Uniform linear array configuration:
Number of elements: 8
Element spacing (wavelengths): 0.75
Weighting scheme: uniform
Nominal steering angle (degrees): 45
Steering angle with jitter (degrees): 45.996
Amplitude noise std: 0.05
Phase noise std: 0.05

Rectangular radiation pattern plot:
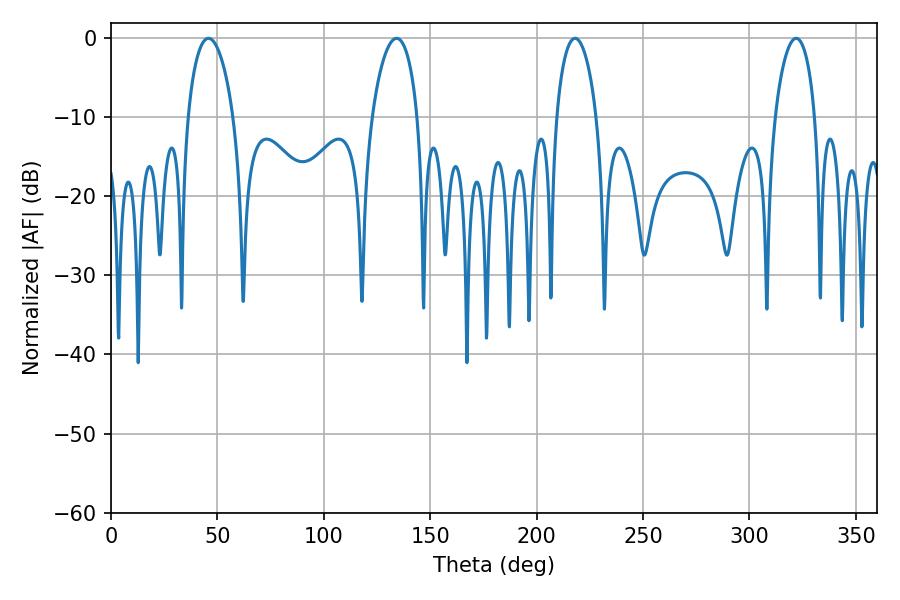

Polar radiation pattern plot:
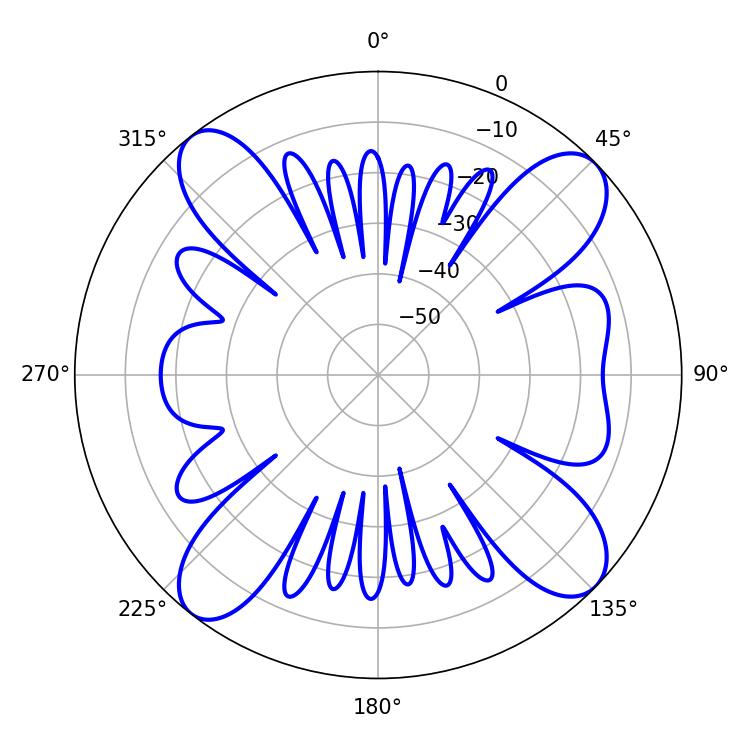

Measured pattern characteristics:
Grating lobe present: TRUE
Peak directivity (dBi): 13.361
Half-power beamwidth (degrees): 12.24
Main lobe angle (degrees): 134.28